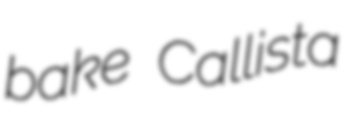
bake Callista